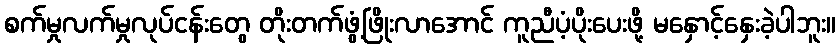
စက်မှုလက်မှုလုပ်ငန်းတွေ တိုးတက်ဖွံ့ဖြိုးလာအောင် ကူညီပံ့ပိုးပေးဖို့ မနှောင့်နှေးခဲ့ပါဘူး။